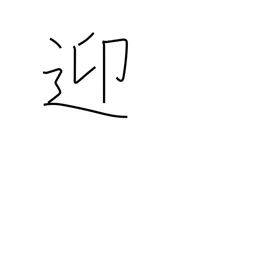
Meaning: meet